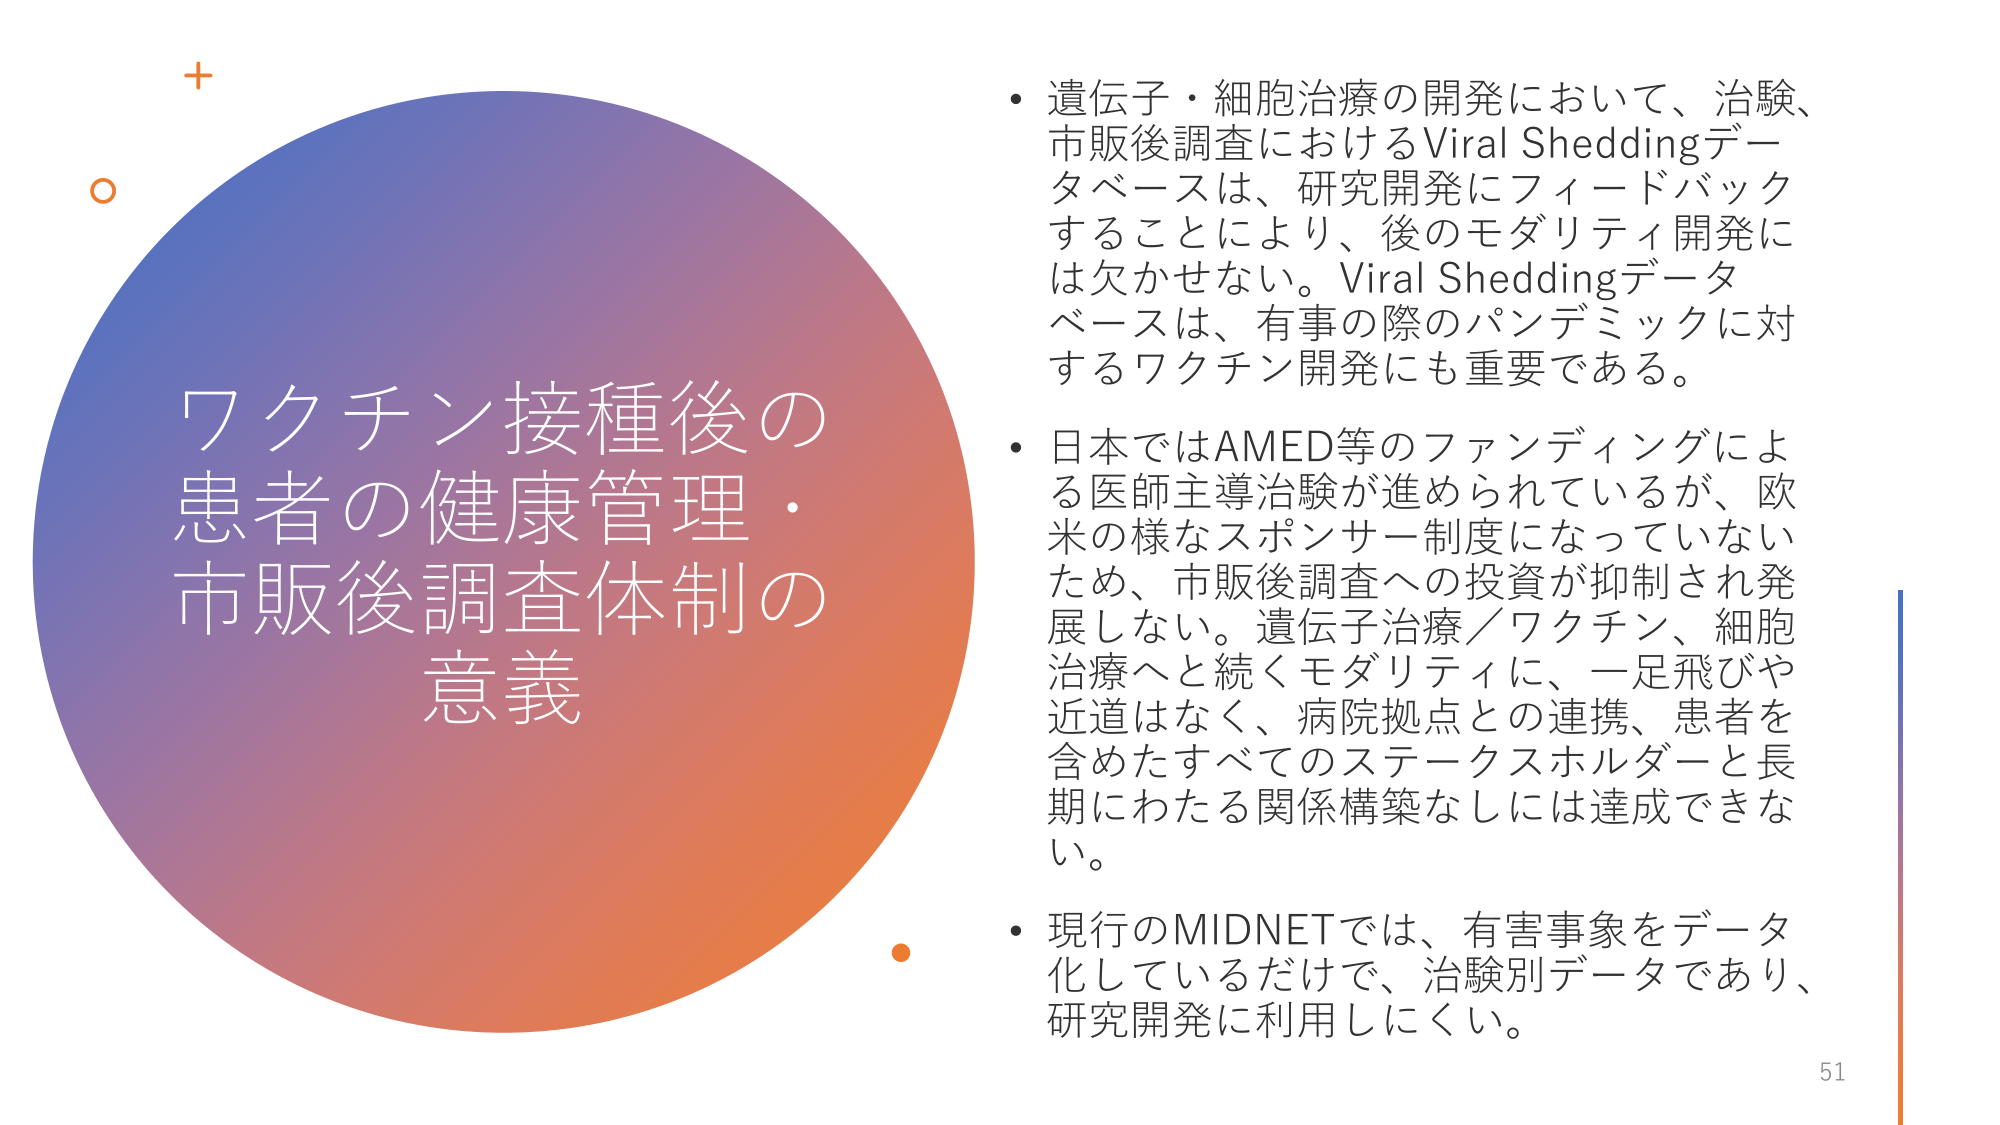
ワクチン接種後の
患者の健康管理・
市販後調査体制の
意義

・遺伝子・細胞治療の開発において、治験、
市販後調査におけるViral Sheddingデータベースは、研究開発にフィードバック
することにより、後のモダリティ開発に
は欠かせない。Viral Sheddingデータ
ベースは、有事の際のパンデミックに対
するワクチン開発にも重要である。

・日本ではAMED等のファンディングによ
る医師主導治験が進められているが、欧
米の様なスポンサー制度になっていない
ため、市販後調査への投資が抑制され発
展しない。遺伝子治療／ワクチン、細胞
治療へと続くモダリティに、一足飛びや
近道はなく、病院拠点との連携、患者を
含めたすべてのステークスホルダーと長
期にわたる関係構築なしには達成できな
い。

・現行のMIDNETでは、有害事象をデータ
化しているだけで、治験別データであり、
研究開発に利用しにくい。

51